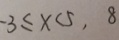
- 3 \leq x < 5 , 8